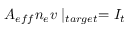
A _ { e f f } n _ { e } v \mid _ { t a r g e t } = I _ { t }